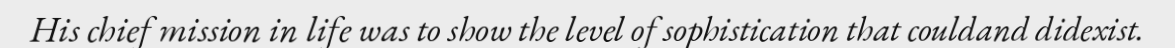
His chief mission in life was to show the level of sophistication that couldand didexist.